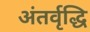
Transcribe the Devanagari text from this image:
अंतर्वृद्धि